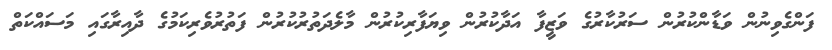
ފަންގެވިނުން ވަޑާންކުރުން ސަރުކާރުގެ ވަޒީފާ އަދާކުރުން ވިޔަފާރިކުރުން މާލެދަތުރުކުރުން ފަތުރުވެރިކަމުގެ ދާއިރާގައި މަސައްކަތް